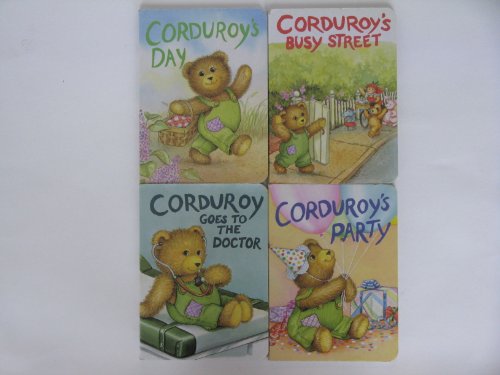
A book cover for Corduroy Board Book Collection 4 Books: Corduroy's Party / Corduroy's Busy Street / Corduroy's Day /; Literature & Fiction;